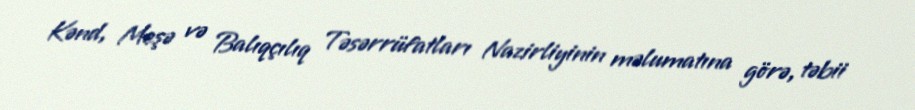
Kənd, Meşə və Balıqçılıq Təsərrüfatları Nazirliyinin məlumatına görə, təbii